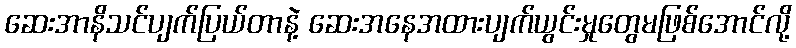
ဆေးအာနိသင်ပျက်ပြယ်တာနဲ့ ဆေးအနေအထားပျက်ယွင်းမှုတွေမဖြစ်အောင်လို့